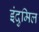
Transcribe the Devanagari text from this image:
इंदुमिल